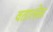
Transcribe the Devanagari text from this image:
वतात्ज़ेस